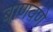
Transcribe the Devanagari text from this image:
बाणवणे